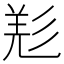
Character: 𢒘